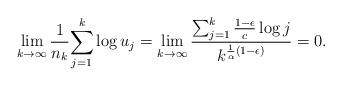
LaTeX: \begin{align*}\lim_{k\to\infty}{1 \over n_k} {\sum_{j=1}^k \log u_j}= \lim_{k\to\infty} {\sum_{j=1}^k {1-\epsilon \over c}\log j \over k^{{1 \over \alpha}(1-\epsilon) }}=0. \end{align*}